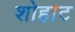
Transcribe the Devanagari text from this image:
शोहाट